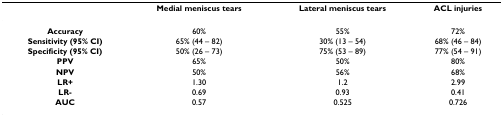
|  | Medial meniscus tears | Lateral meniscus tears | ACL injuries |
 | --- | --- | --- | --- |
 | Accuracy | 60% | 55% | 72% |
 | Sensitivity (95% CI) | 65% (44 – 82) | 30% (13 – 54) | 68% (46 – 84) |
 | Specificity (95% CI) | 50% (26 – 73) | 75% (53 – 89) | 77% (54 – 91) |
 | PPV | 65% | 50% | 80% |
 | NPV | 50% | 56% | 68% |
 | LR+ | 1.30 | 1.2 | 2.99 |
 | LR- | 0.69 | 0.93 | 0.41 |
 | AUC | 0.57 | 0.525 | 0.726 |